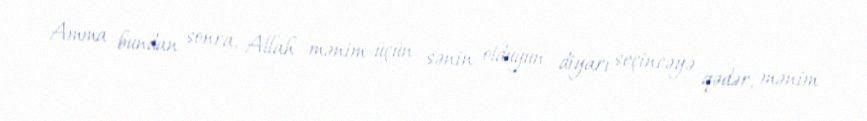
Amma bundan sonra, Allah mənim üçün sənin olduğun diyarı seçincəyə qədər, mənim